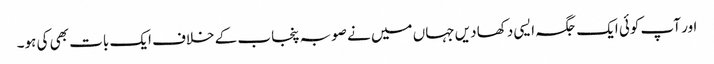
اور آپ کوئی ایک جگہ ایسی دکھا دیں جہاں میں نے صوبہ پنجاب کے خلاف ایک بات بھی کی ہو۔